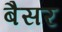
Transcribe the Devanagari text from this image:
बैसर